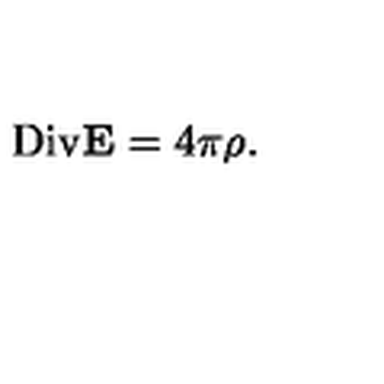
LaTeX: \mathrm { D i v } { \bf E } = 4 \pi \rho .